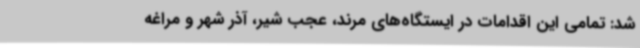
شد: تمامی این اقدامات در ایستگاه‌های مرند، عجب شیر، آذر شهر و مراغه